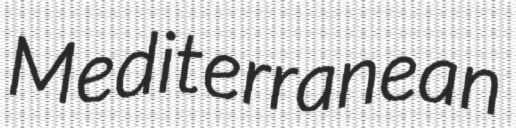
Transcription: Mediterranean